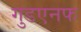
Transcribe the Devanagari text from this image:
गुडएनफ